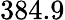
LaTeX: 384.9